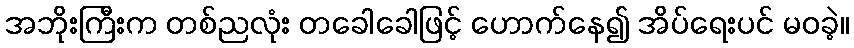
အဘိုးကြီးက တစ်ညလုံး တခေါခေါဖြင့် ဟောက်နေ၍ အိပ်ရေးပင် မဝခဲ့။